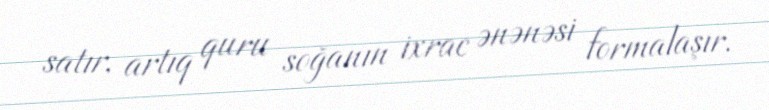
satır, artıq quru soğanın ixrac ənənəsi formalaşır.